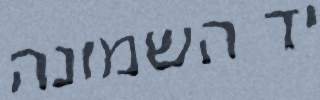
יד השמונה